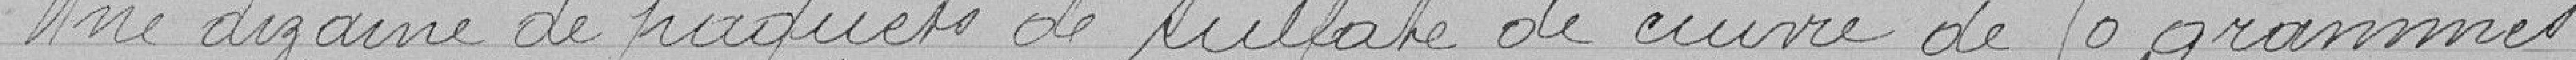
Une dizaine de paquets de sulfate de cuivre de 50 grammes